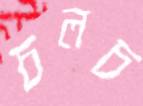
চলচ